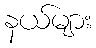
နယ်များ